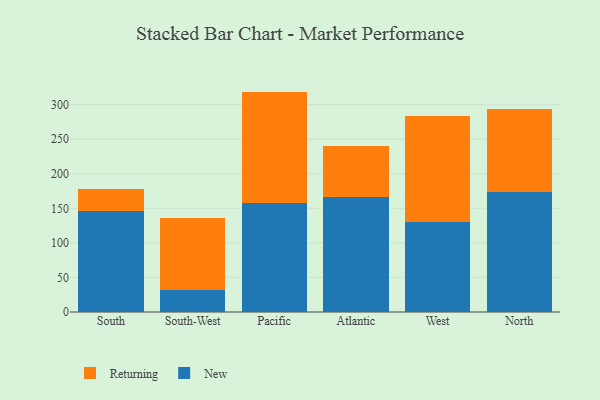
{"axis": {"x": "Region", "y": "Customer Acquisition Cost (USD)"}, "legend": ["New", "Returning"], "data": [{"x": "South", "y": 145.4, "type": "New"}, {"x": "South", "y": 33.0, "type": "Returning"}, {"x": "South-West", "y": 31.7, "type": "New"}, {"x": "South-West", "y": 104.7, "type": "Returning"}, {"x": "Pacific", "y": 157.9, "type": "New"}, {"x": "Pacific", "y": 160.9, "type": "Returning"}, {"x": "Atlantic", "y": 166.9, "type": "New"}, {"x": "Atlantic", "y": 72.5, "type": "Returning"}, {"x": "West", "y": 129.9, "type": "New"}, {"x": "West", "y": 153.0, "type": "Returning"}, {"x": "North", "y": 173.4, "type": "New"}, {"x": "North", "y": 120.5, "type": "Returning"}]}